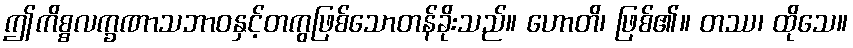
ဤကိစ္စလက္ခဏာသဘာဝနှင့်တကွဖြစ်သောတန်ခိုးသည်။ ဟောတိ၊ ဖြစ်၏။ တဿ၊ ထိုသေ။